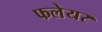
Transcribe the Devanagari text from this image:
फलेयर